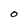
Character: O